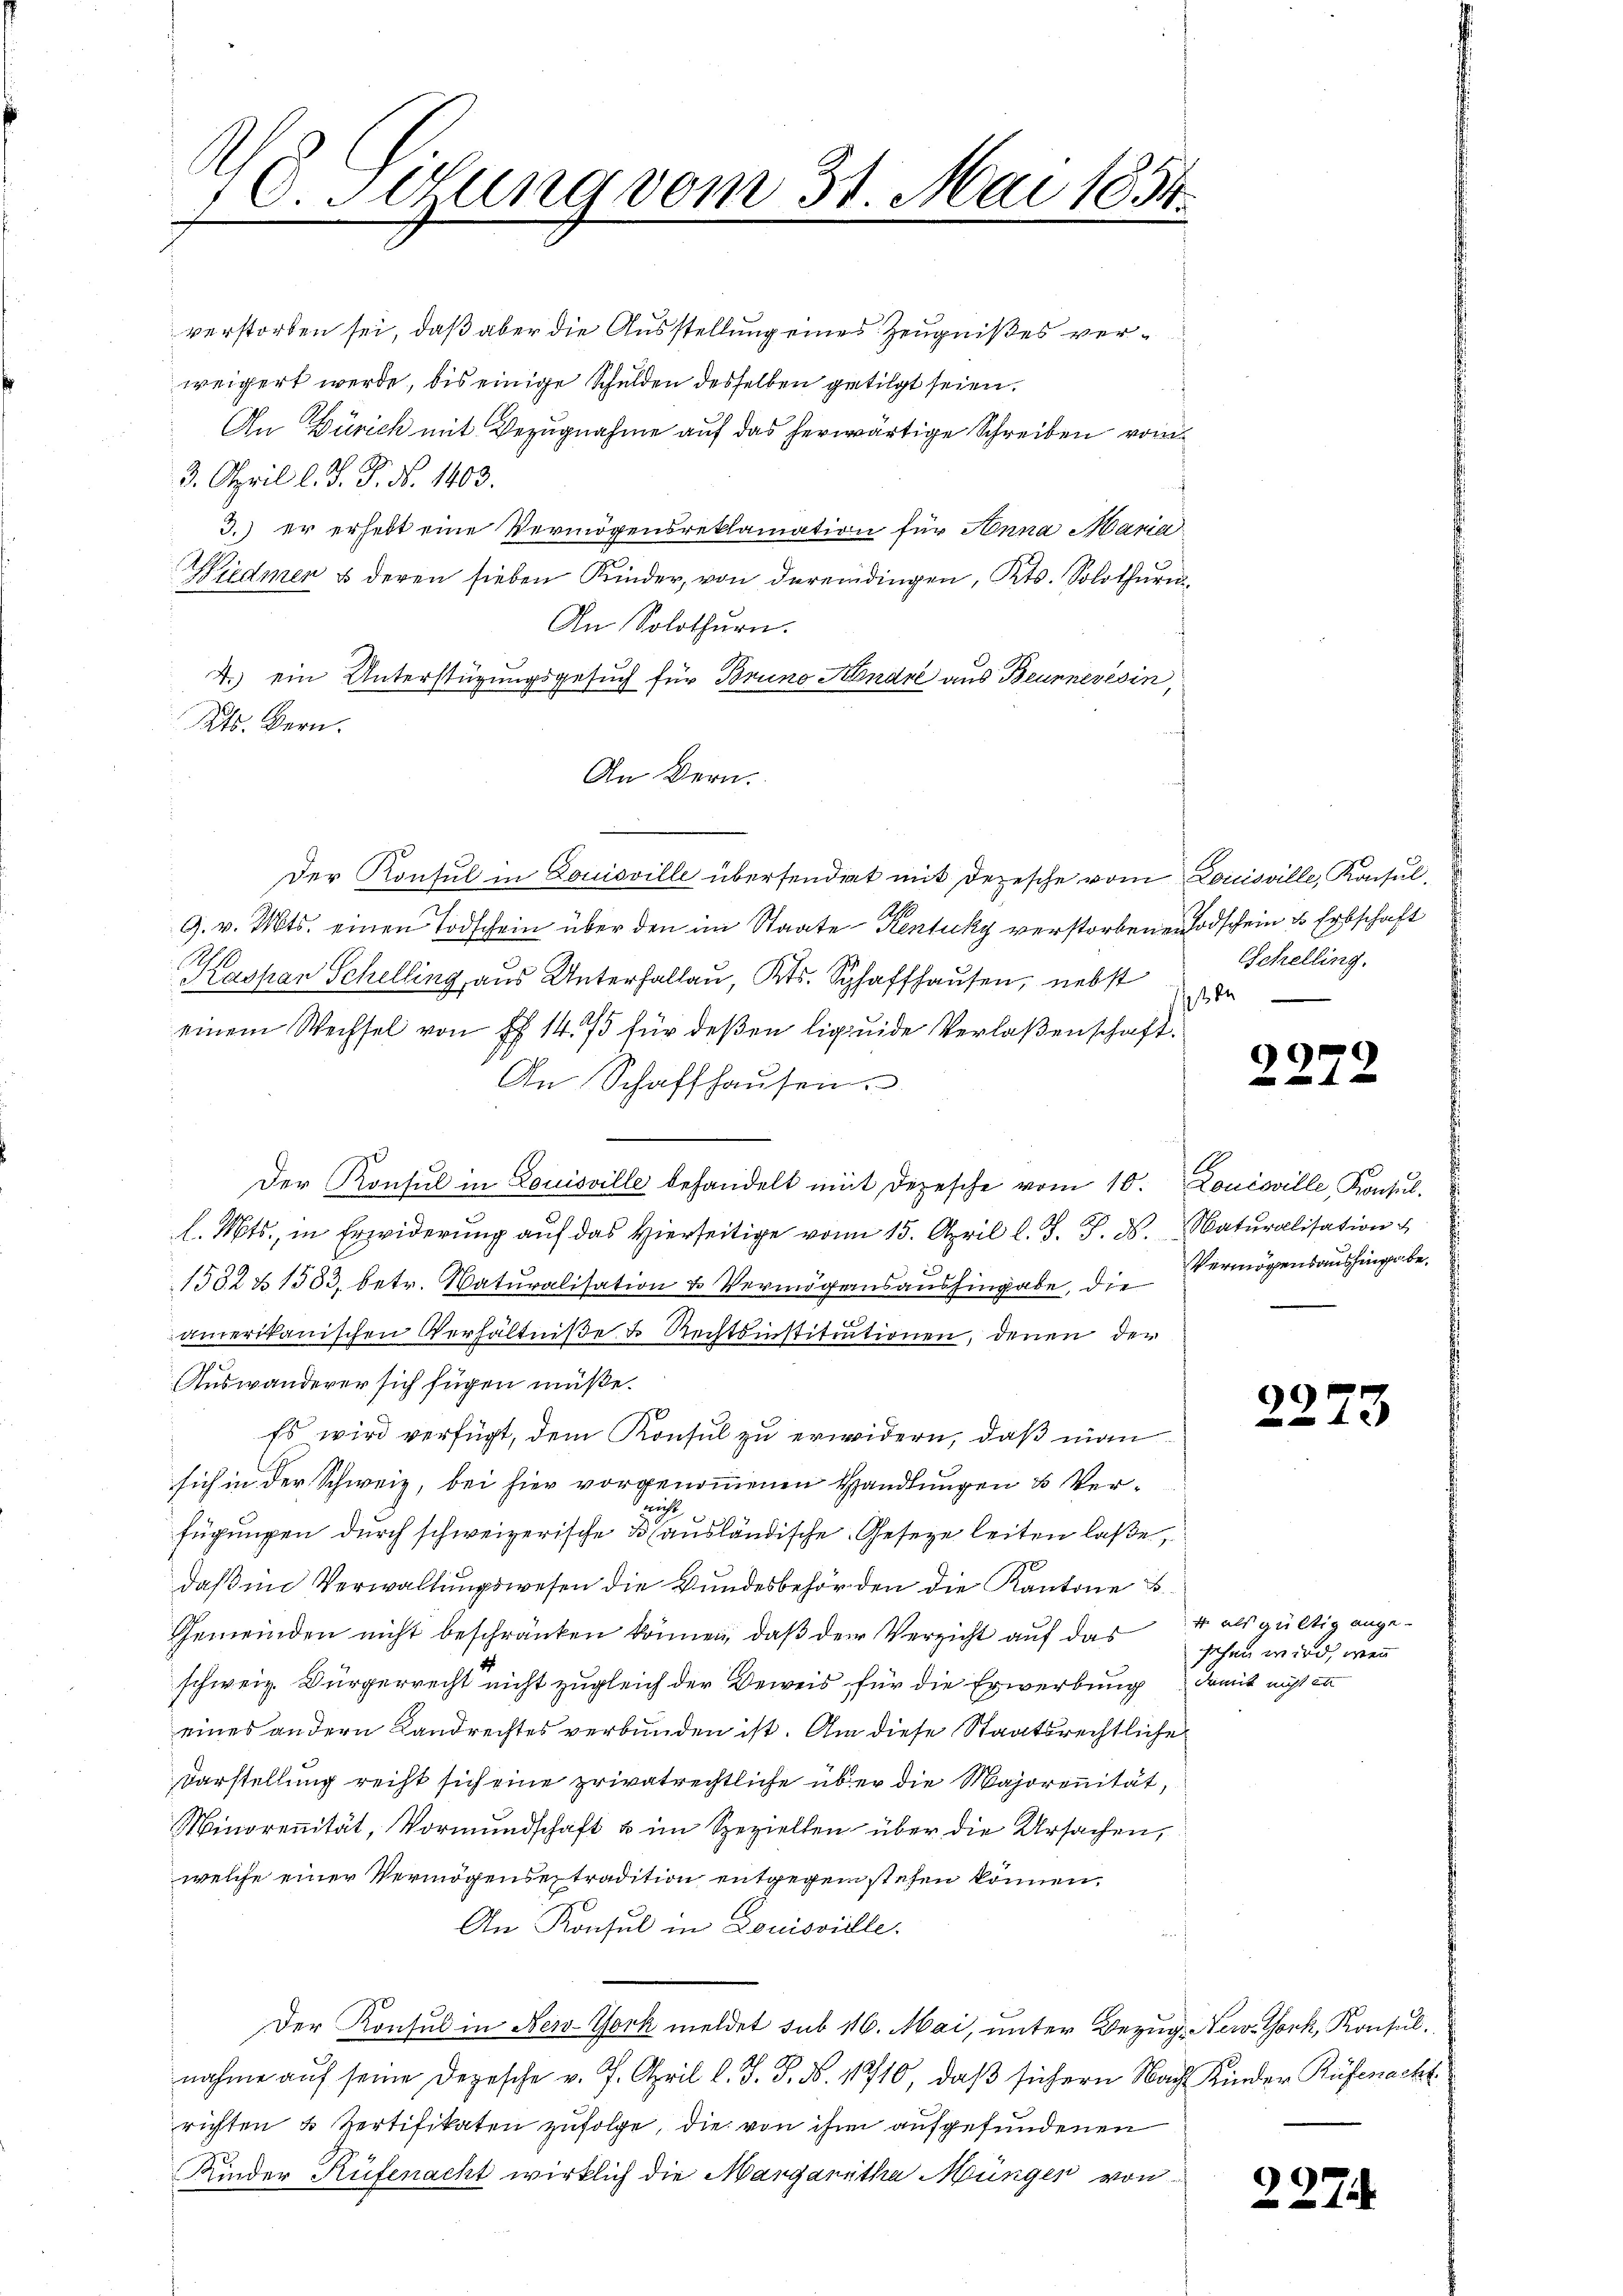
10. Jung vom 31. Mai 1854.

verstorben sei, daß aber die Ausstellung eines Zeugnißes verweigert werde, bis einige Schulden desselben getilgt seien.
An Zürich mit Bezugnahme auf das herwärtige Schreiben vom
3. April l. J. P. N. 1403.
3.) er erhebt eine Vermögensreklamation für Anna Maria
Widmer & deren sieben Kinder, von dereindingen, Kts. Solothur
An Solothurn.
4.) ein Unterstügungsgesuch für Bruno Handre aus Beurneresin,
Kts. Bern.
An Bern.
Der Konsul in Louisville übersendert mit Depesche vom Louisville, Konsul,
9. v. Mts. einen Todschein über den im Staate Kentucky verstorbenen Todscheines Erbschaft
Kassan Schelling aus Unterhallau, Kts. Schaffhausen, nebst
einem Wechsel von fl. 14. 75 für deβen liquide Verlaßenschaft.
An Schaffhaŭsen.
s
Der Konsul in Louisville behandelt mit Depesche vom 10. Louisville Konsul-
l. Mts., in Erwiderung auf das hierseitige vom 15. April l. J. J. J. Naturalisation
e
1532 & 1583, betr. Naturalisation & Vermögensaushingabe, die Vermögensaushingabe,
amerikanischen Verhältniße u. Rechtsinstitutionen, denen der
Auswanderer sich fügen müße.
Es wird verfügt, dem Konsul zu erwidern, daß man
sich in der Schweiz, bei hier vorgenommenen Handlungen & Veri
fügungen durch schweizerische 3 (ausländische Geseze leiten laße,
daß im Verwaltungswesen die Bundesbehörden die Kantone B
Gemeinden nicht beschränken können, daß der Verzicht auf das sehen wird, wen
schweiz. Bürgerrecht nicht zugleich der Beweis für die Erwerbung
eines andern Landrechtes verbunden ist. Am diese Staatsrechtliche
Darstellung recht sich eine privatrechtliche über die Majoranität,
Minorenität, Vormundschaft u im Speziellen über die Ursachen,
welche einer Vermögensextradition entgegen stehen können.
An Konsul in Louisville.
Der Konsul in New-York meldet sub 116. Mai, unter Bezug, New-York, Konsulnahme auf seine Depesche v. 7. April l. J. J. No. 11710, daß sichern Nach Kinder Rüfenacht
richten u. Zertifikaten zufolge, die von ihm aufgefundenen
Kinder Rüfenacht wirklich die Margaritha Münger von

Schelling.

225

2273

er als gültig ange-
damit nicht en

227.